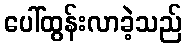
ပေါ်ထွန်းလာခဲ့သည်